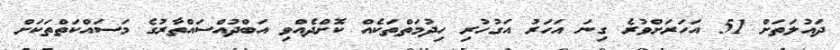
ދައުލަތަށް 51 އަހަރަށްވުރެ ގިނަ އަހަރު އަގުހުރި ހިދުމަތްތަކެއް ކޮށްދެއްވި އަބްދުއްސައްތާރުގެ މަސައްކަތްތަކަަށް